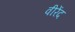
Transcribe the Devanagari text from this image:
वीरेंद